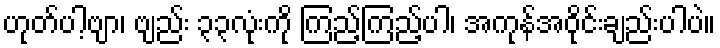
ဟုတ်ပါ့ဗျာ၊ ဗျည်း ၃၃လုံးကို ကြည့်ကြည့်ပါ၊ အကုန်အဝိုင်းချည်းပါပဲ။